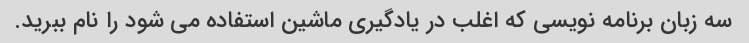
سه زبان برنامه نویسی که اغلب در یادگیری ماشین استفاده می شود را نام ببرید.